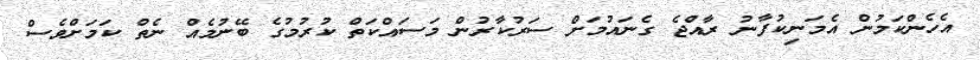
އެހެންކަމުން އެމަނިކުފާނު ރާއްޖެ ގެނައުމަށް ސަރުކާރުން މަސައްކަތް ކުރުމުގެ ބޭނުމެއް ނެތް ކަމަށްވެސް